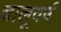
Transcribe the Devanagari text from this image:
चालूवर्ष